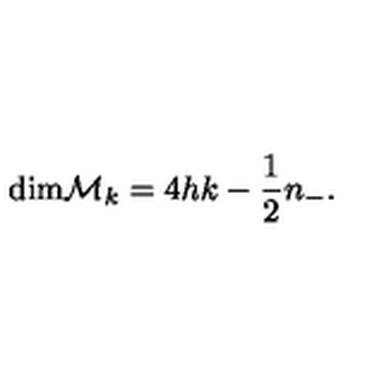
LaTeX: \mathrm { d i m } { \cal M } _ { k } = 4 h k - { \frac { 1 } { 2 } } n _ { - } .